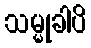
သမ္မုခါပိ